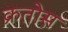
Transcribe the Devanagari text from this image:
क्रतोस